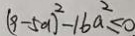
( 9 - 5 a ) ^ { 2 } - 1 6 a ^ { 2 } \leq 0 .